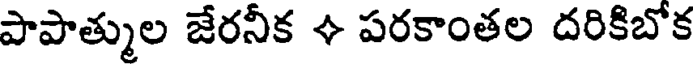
పాపాత్ముల జేరనీక + పరకాంతల దరికిబోక